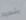
يشعروا